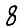
Digit: 8